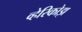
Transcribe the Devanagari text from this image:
व्हेरिकोझ